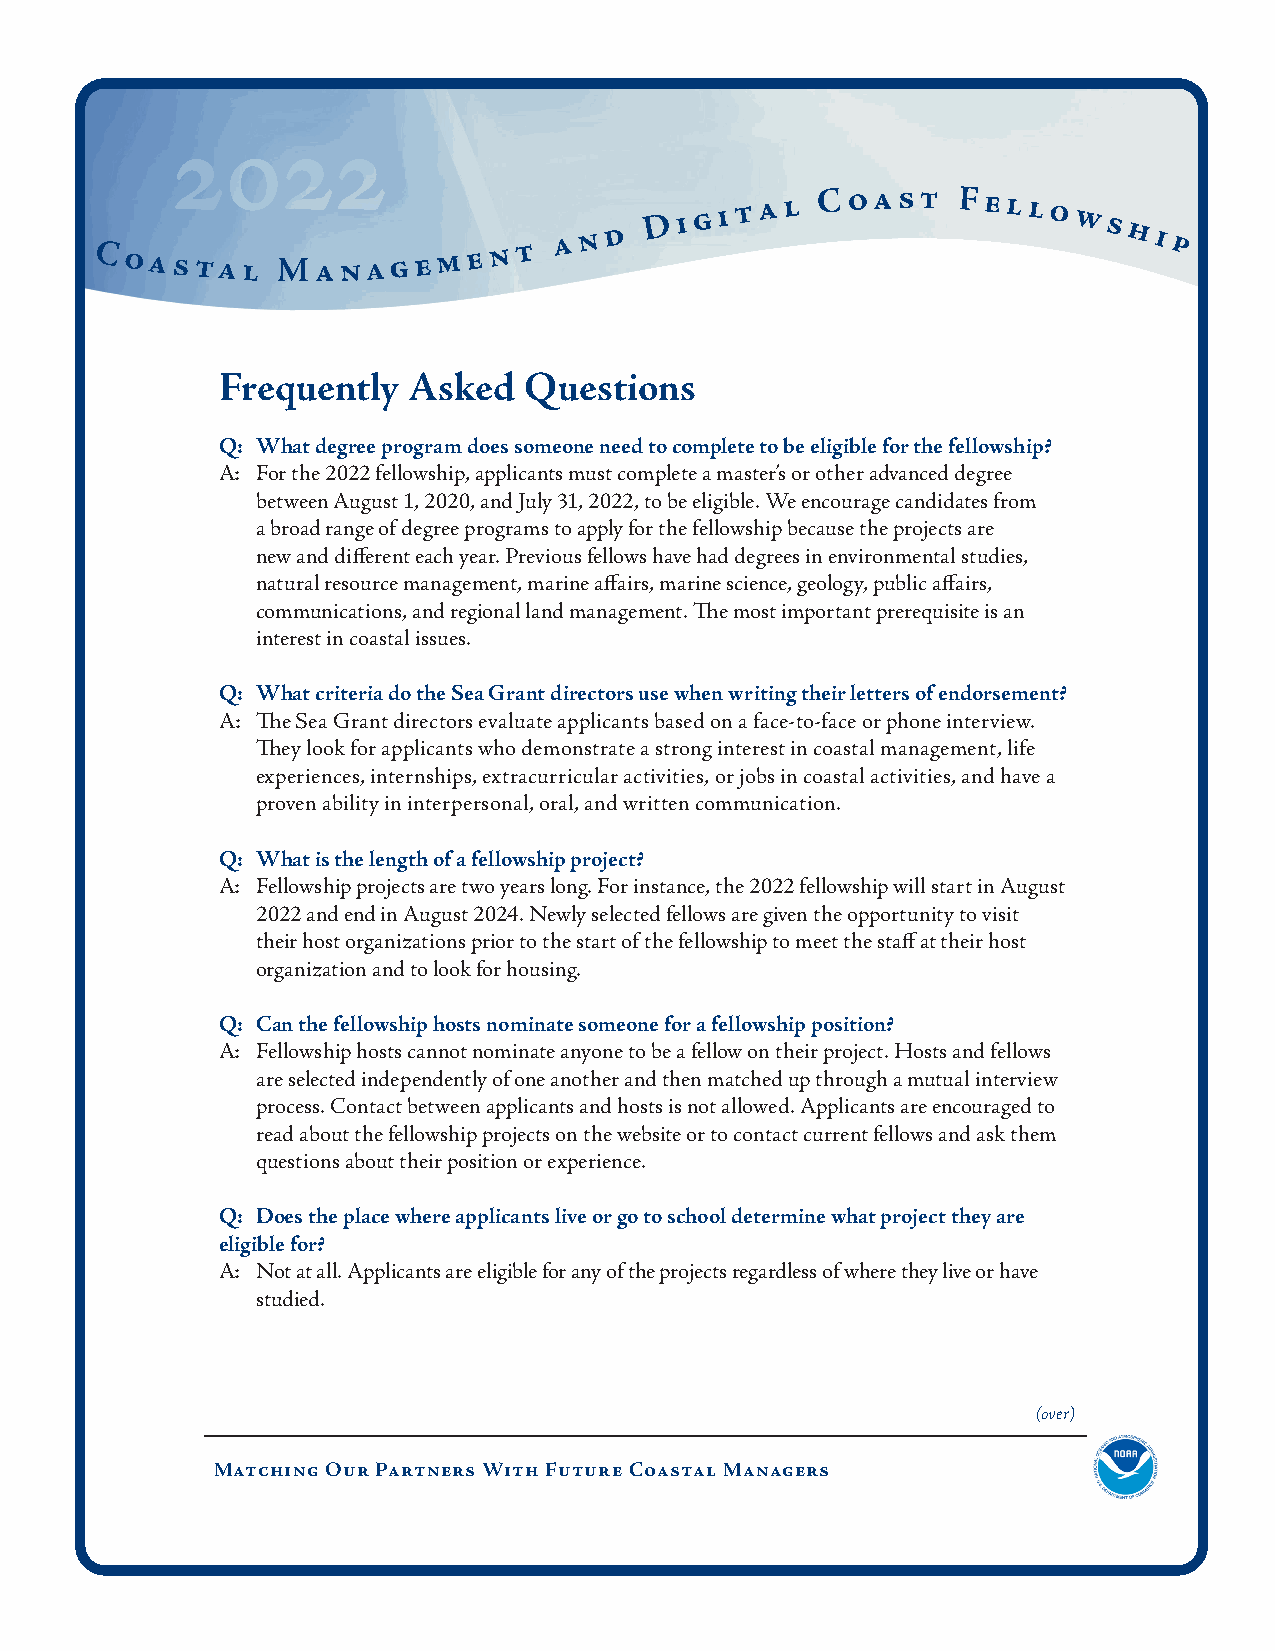
2022
 Coastal     Ma   n a g e m e n t a n d
 D i g i t a l C oast Fello  ws
 hi p
 Frequently   Asked   Questions
 Q: What degree program does someone need to complete to be eligible for the fellowship?
 A: For the 2022 fellowship, applicants must complete a master’s or other advanced degree
 between August 1, 2020, and July 31, 2022, to be eligible. We encourage candidates from
 a broad range of degree programs to apply for the fellowship because the projects are
 new and different each year. Previous fellows have had degrees in environmental studies,
 natural resource management, marine affairs, marine science, geology, public affairs,
 communications, and regional land management. The most important prerequisite is an
 interest in coastal issues.
 Q: What criteria do the Sea Grant directors use when writing their letters of endorsement?
 A: The Sea Grant directors evaluate applicants based on a face-to-face or phone interview.
 They look for applicants who demonstrate a strong interest in coastal management, life
 experiences, internships, extracurricular activities, or jobs in coastal activities, and have a
 proven ability in interpersonal, oral, and written communication.
 Q: What is the length of a fellowship project?
 A: Fellowship projects are two years long. For instance, the 2022 fellowship will start in August
 2022 and end in August 2024. Newly selected fellows are given the opportunity to visit
 their host organizations prior to the start of the fellowship to meet the staff at their host
 organization and to look for housing.
 Q: Can the fellowship hosts nominate someone for a fellowship position?
 A: Fellowship hosts cannot nominate anyone to be a fellow on their project. Hosts and fellows
 are selected independently of one another and then matched up through a mutual interview
 process. Contact between applicants and hosts is not allowed. Applicants are encouraged to
 read about the fellowship projects on the website or to contact current fellows and ask them
 questions about their position or experience.
 Q: Does the place where applicants live or go to school determine what project they are
 eligible for?
 A: Not at all. Applicants are eligible for any of the projects regardless of where they live or have
 studied.
 (over)
 Matching Our Partners With Future Coastal Managers